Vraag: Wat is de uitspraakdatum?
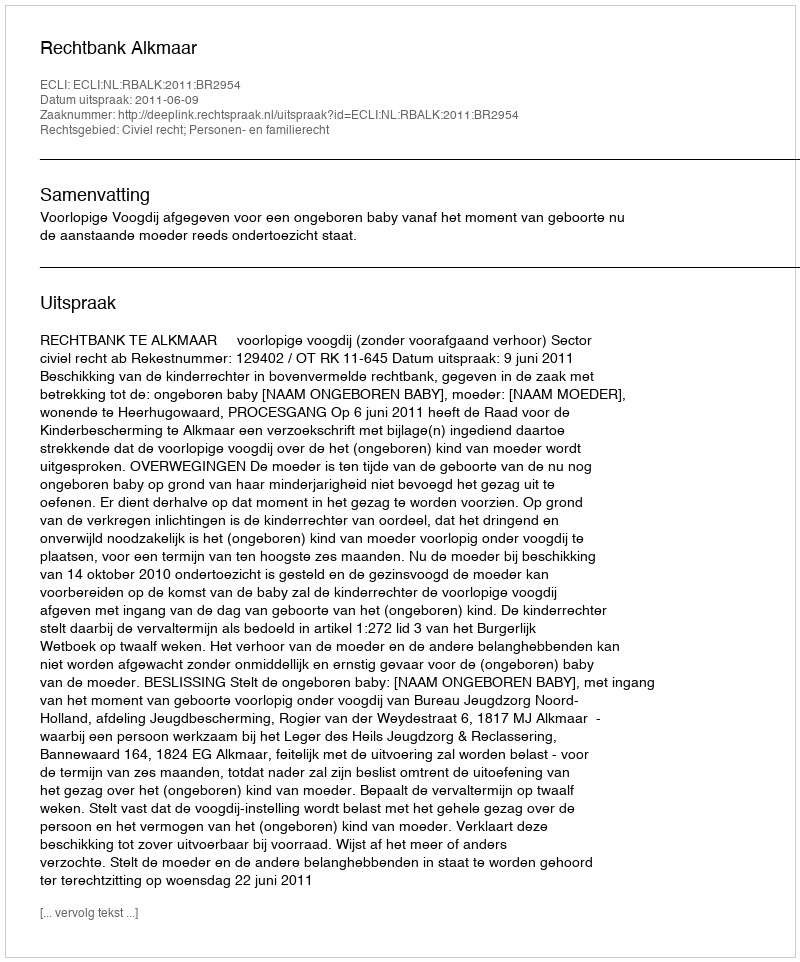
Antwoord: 2011-06-09